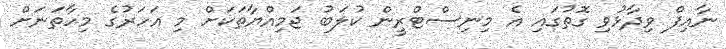
ނާއިފް ވިދާޅުވި ގޮތުގައި އެ މިނިސްޓްރީން ކުލަބު ޖަމިއްޔާތަކަށް މި އަހަރުގެ މިހާތަނަށް